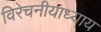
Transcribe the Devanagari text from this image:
विरेचनीयाध्याय